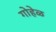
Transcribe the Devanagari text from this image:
गोहेळ